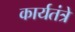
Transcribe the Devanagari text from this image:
कार्यतंत्रे